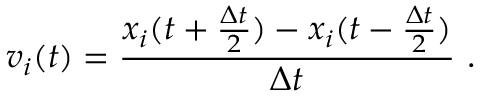
v _ { i } ( t ) = \frac { x _ { i } ( t + \frac { \Delta t } { 2 } ) - x _ { i } ( t - \frac { \Delta t } { 2 } ) } { \Delta t } \ .